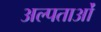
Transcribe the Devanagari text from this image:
अल्पताओं